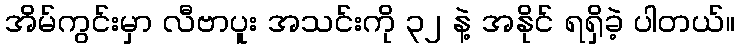
အိမ်ကွင်းမှာ လီဗာပူး အသင်းကို ၃၂ နဲ့ အနိုင် ရရှိခဲ့ ပါတယ်။